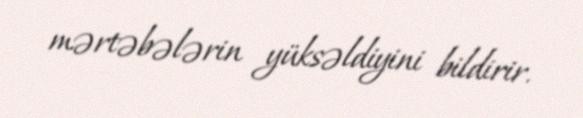
mərtəbələrin yüksəldiyini bildirir.